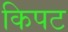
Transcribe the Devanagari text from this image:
किपट